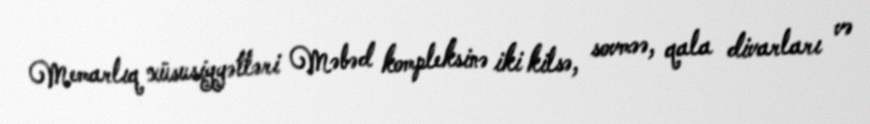
Memarlıq xüsusiyyətləri Məbəd kompleksinə iki kilsə, sovməə, qala divarları və